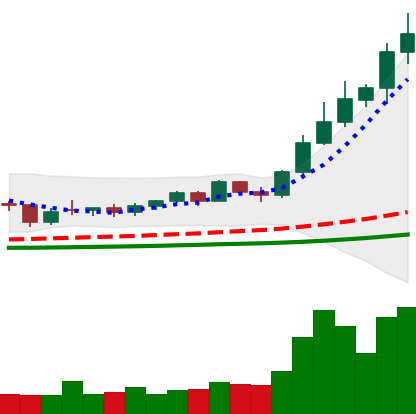
Ticker: NEO-USD
Chart end date: 2021-02-14
Forward return: 7.75%
Label: up_7plus